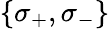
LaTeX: \{ \sigma_{+},\sigma_{-}\}